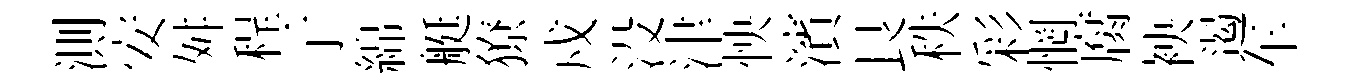
測安舛程亍綿艇獠戍没津怏濱艮秩彩惘腐䘧遏车